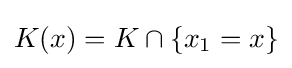
{\textstyle K(x)=K\cap \{x_{1}=x\}}